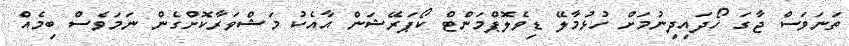
ތަނަވަސް ޖާގަ ހޯދައިދިނުމަށް ހުޅުމާލޭ ޑިވެލޮޕްމަންޓް ކޯޕަރޭޝަން އާއެކު މަޝްވަރާކޮށްގެން ނަމަވެސް ބިމެއް